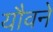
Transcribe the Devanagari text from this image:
यौवने